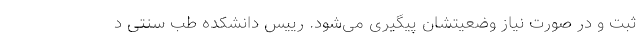
ثبت و در صورت نیاز وضعیتشان پیگیری می‌شود. رییس دانشکده طب سنتی د